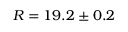
R = 1 9 . 2 \pm 0 . 2